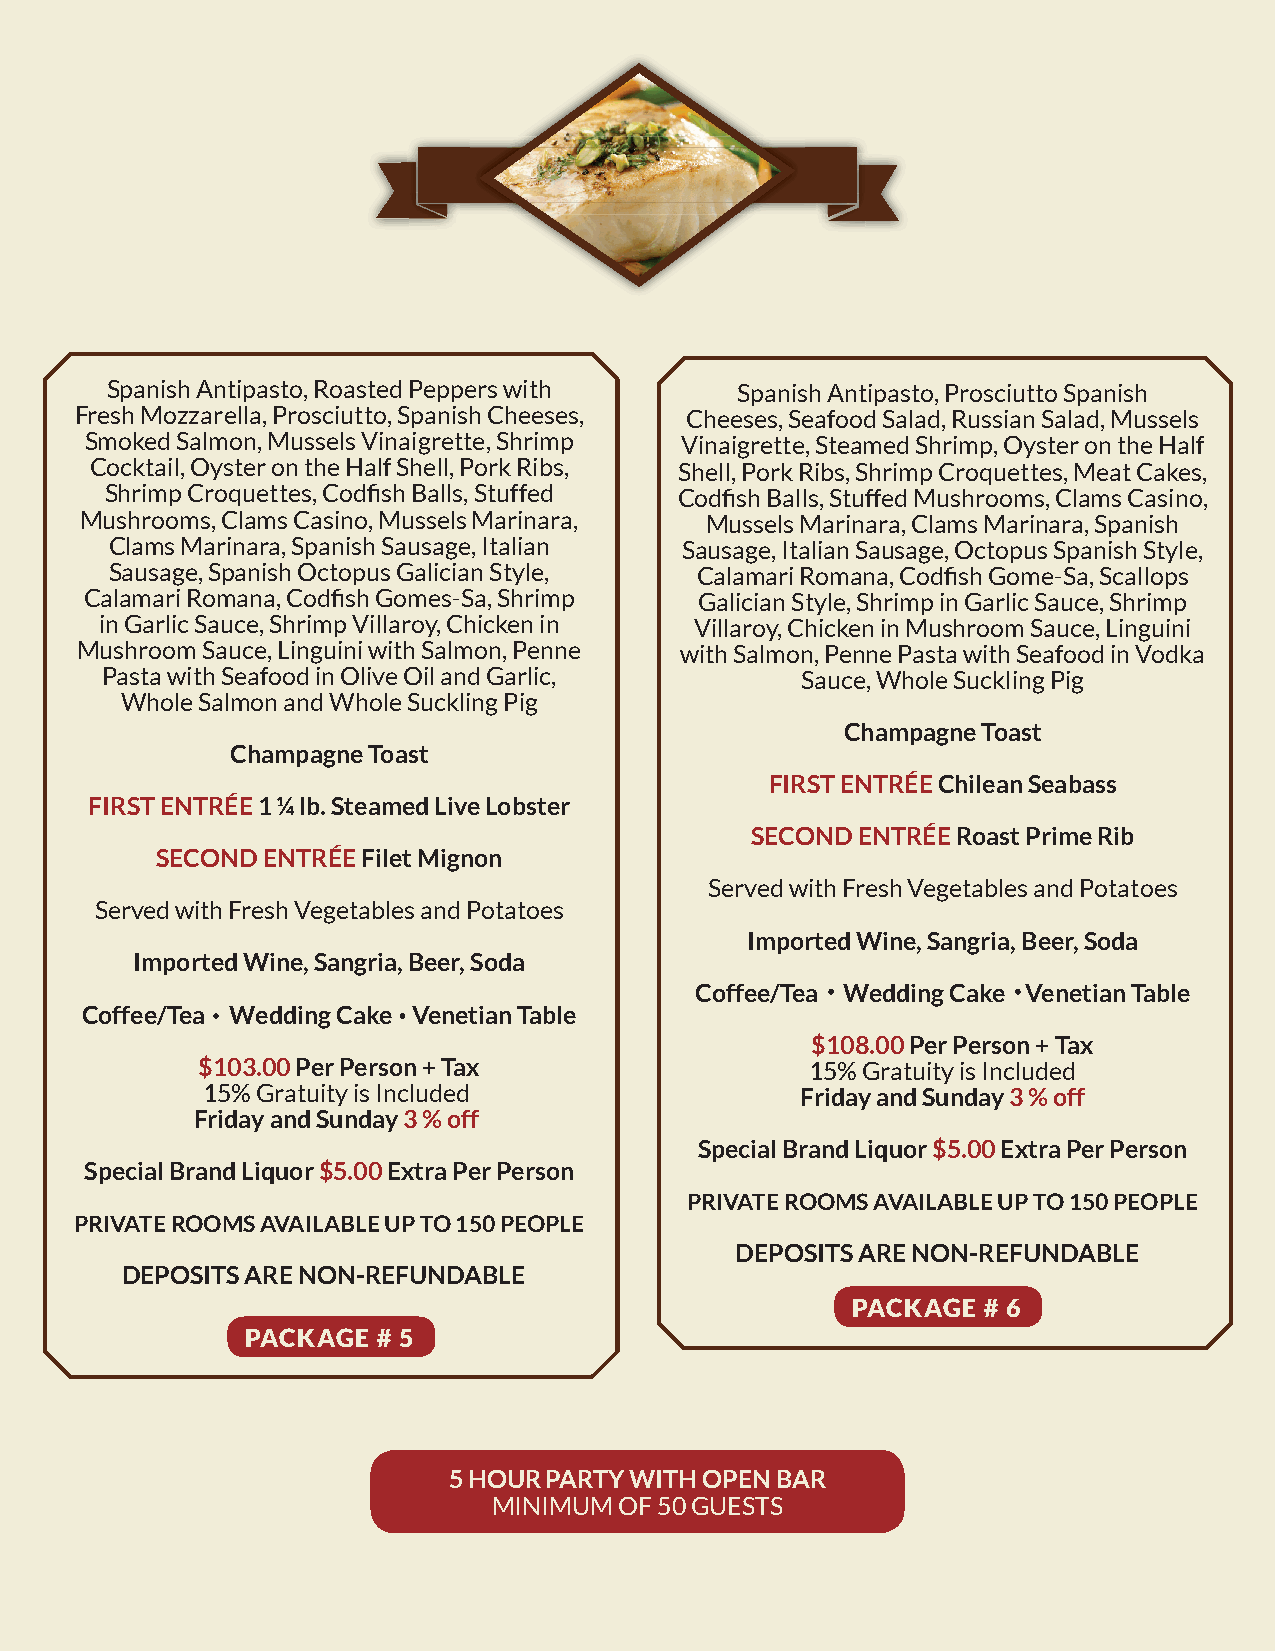
Spanish Antipasto, Roasted Peppers with   Spanish Antipasto, Prosciutto Spanish
 Fresh Mozzarella, Prosciutto, Spanish Cheeses, Cheeses, Seafood Salad, Russian Salad, Mussels
 Smoked Salmon, Mussels Vinaigrette, Shrimp Vinaigrette, Steamed Shrimp, Oyster on the Half
 Cocktail, Oyster on the Half Shell, Pork Ribs, Shell, Pork Ribs, Shrimp Croquettes, Meat Cakes,
 Shrimp Croquettes, Codfi sh Balls, Stuffed Codfi sh Balls, Stuffed Mushrooms, Clams Casino,
 Mushrooms, Clams Casino, Mussels Marinara, Mussels Marinara, Clams Marinara, Spanish
 Clams Marinara, Spanish Sausage, Italian Sausage, Italian Sausage, Octopus Spanish Style,
 Sausage, Spanish Octopus Galician Style, Calamari Romana, Codfi sh Gome-Sa, Scallops
 Calamari Romana, Codfi sh Gomes-Sa, Shrimp Galician Style, Shrimp in Garlic Sauce, Shrimp
 in Garlic Sauce, Shrimp Villaroy, Chicken in Villaroy, Chicken in Mushroom Sauce, Linguini
 Mushroom Sauce, Linguini with Salmon, Penne with Salmon, Penne Pasta with Seafood in Vodka
 Pasta with Seafood in Olive Oil and Garlic,   Sauce, Whole Suckling Pig
 Whole Salmon and Whole Suckling Pig
 Champagne Toast
 Champagne Toast
 FIRST ENTRÉE Chilean Seabass
 FIRST ENTRÉE 1 ¼ lb. Steamed Live Lobster
 SECOND ENTRÉE Roast Prime Rib
 SECOND ENTRÉE Filet Mignon
 Served with Fresh Vegetables and Potatoes
 Served with Fresh Vegetables and Potatoes
 Imported Wine, Sangria, Beer, Soda
 Imported Wine, Sangria, Beer, Soda
 Coffee/Tea Wedding Cake Venetian Table
 Coffee/Tea Wedding Cake Venetian Table
 $108.00 Per Person + Tax
 $103.00 Per Person + Tax                 15% Gratuity is Included
 15% Gratuity is Included                Friday and Sunday 3 % off
 Friday and Sunday 3 % off
 Special Brand Liquor $5.00 Extra Per Person
 Special Brand Liquor $5.00 Extra Per Person
 PRIVATE ROOMS AVAILABLE UP TO 150 PEOPLE
 PRIVATE ROOMS AVAILABLE UP TO 150 PEOPLE
 DEPOSITS ARE NON-REFUNDABLE
 DEPOSITS ARE NON-REFUNDABLE
 PACKAGE  # 6
 PACKAGE  # 5
 5 HOUR PARTY WITH OPEN BAR
 MINIMUM OF 50 GUESTS